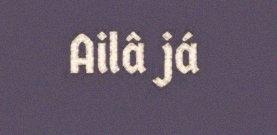
Ailâ já